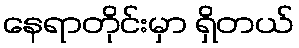
နေရာတိုင်းမှာ ရှိတယ်